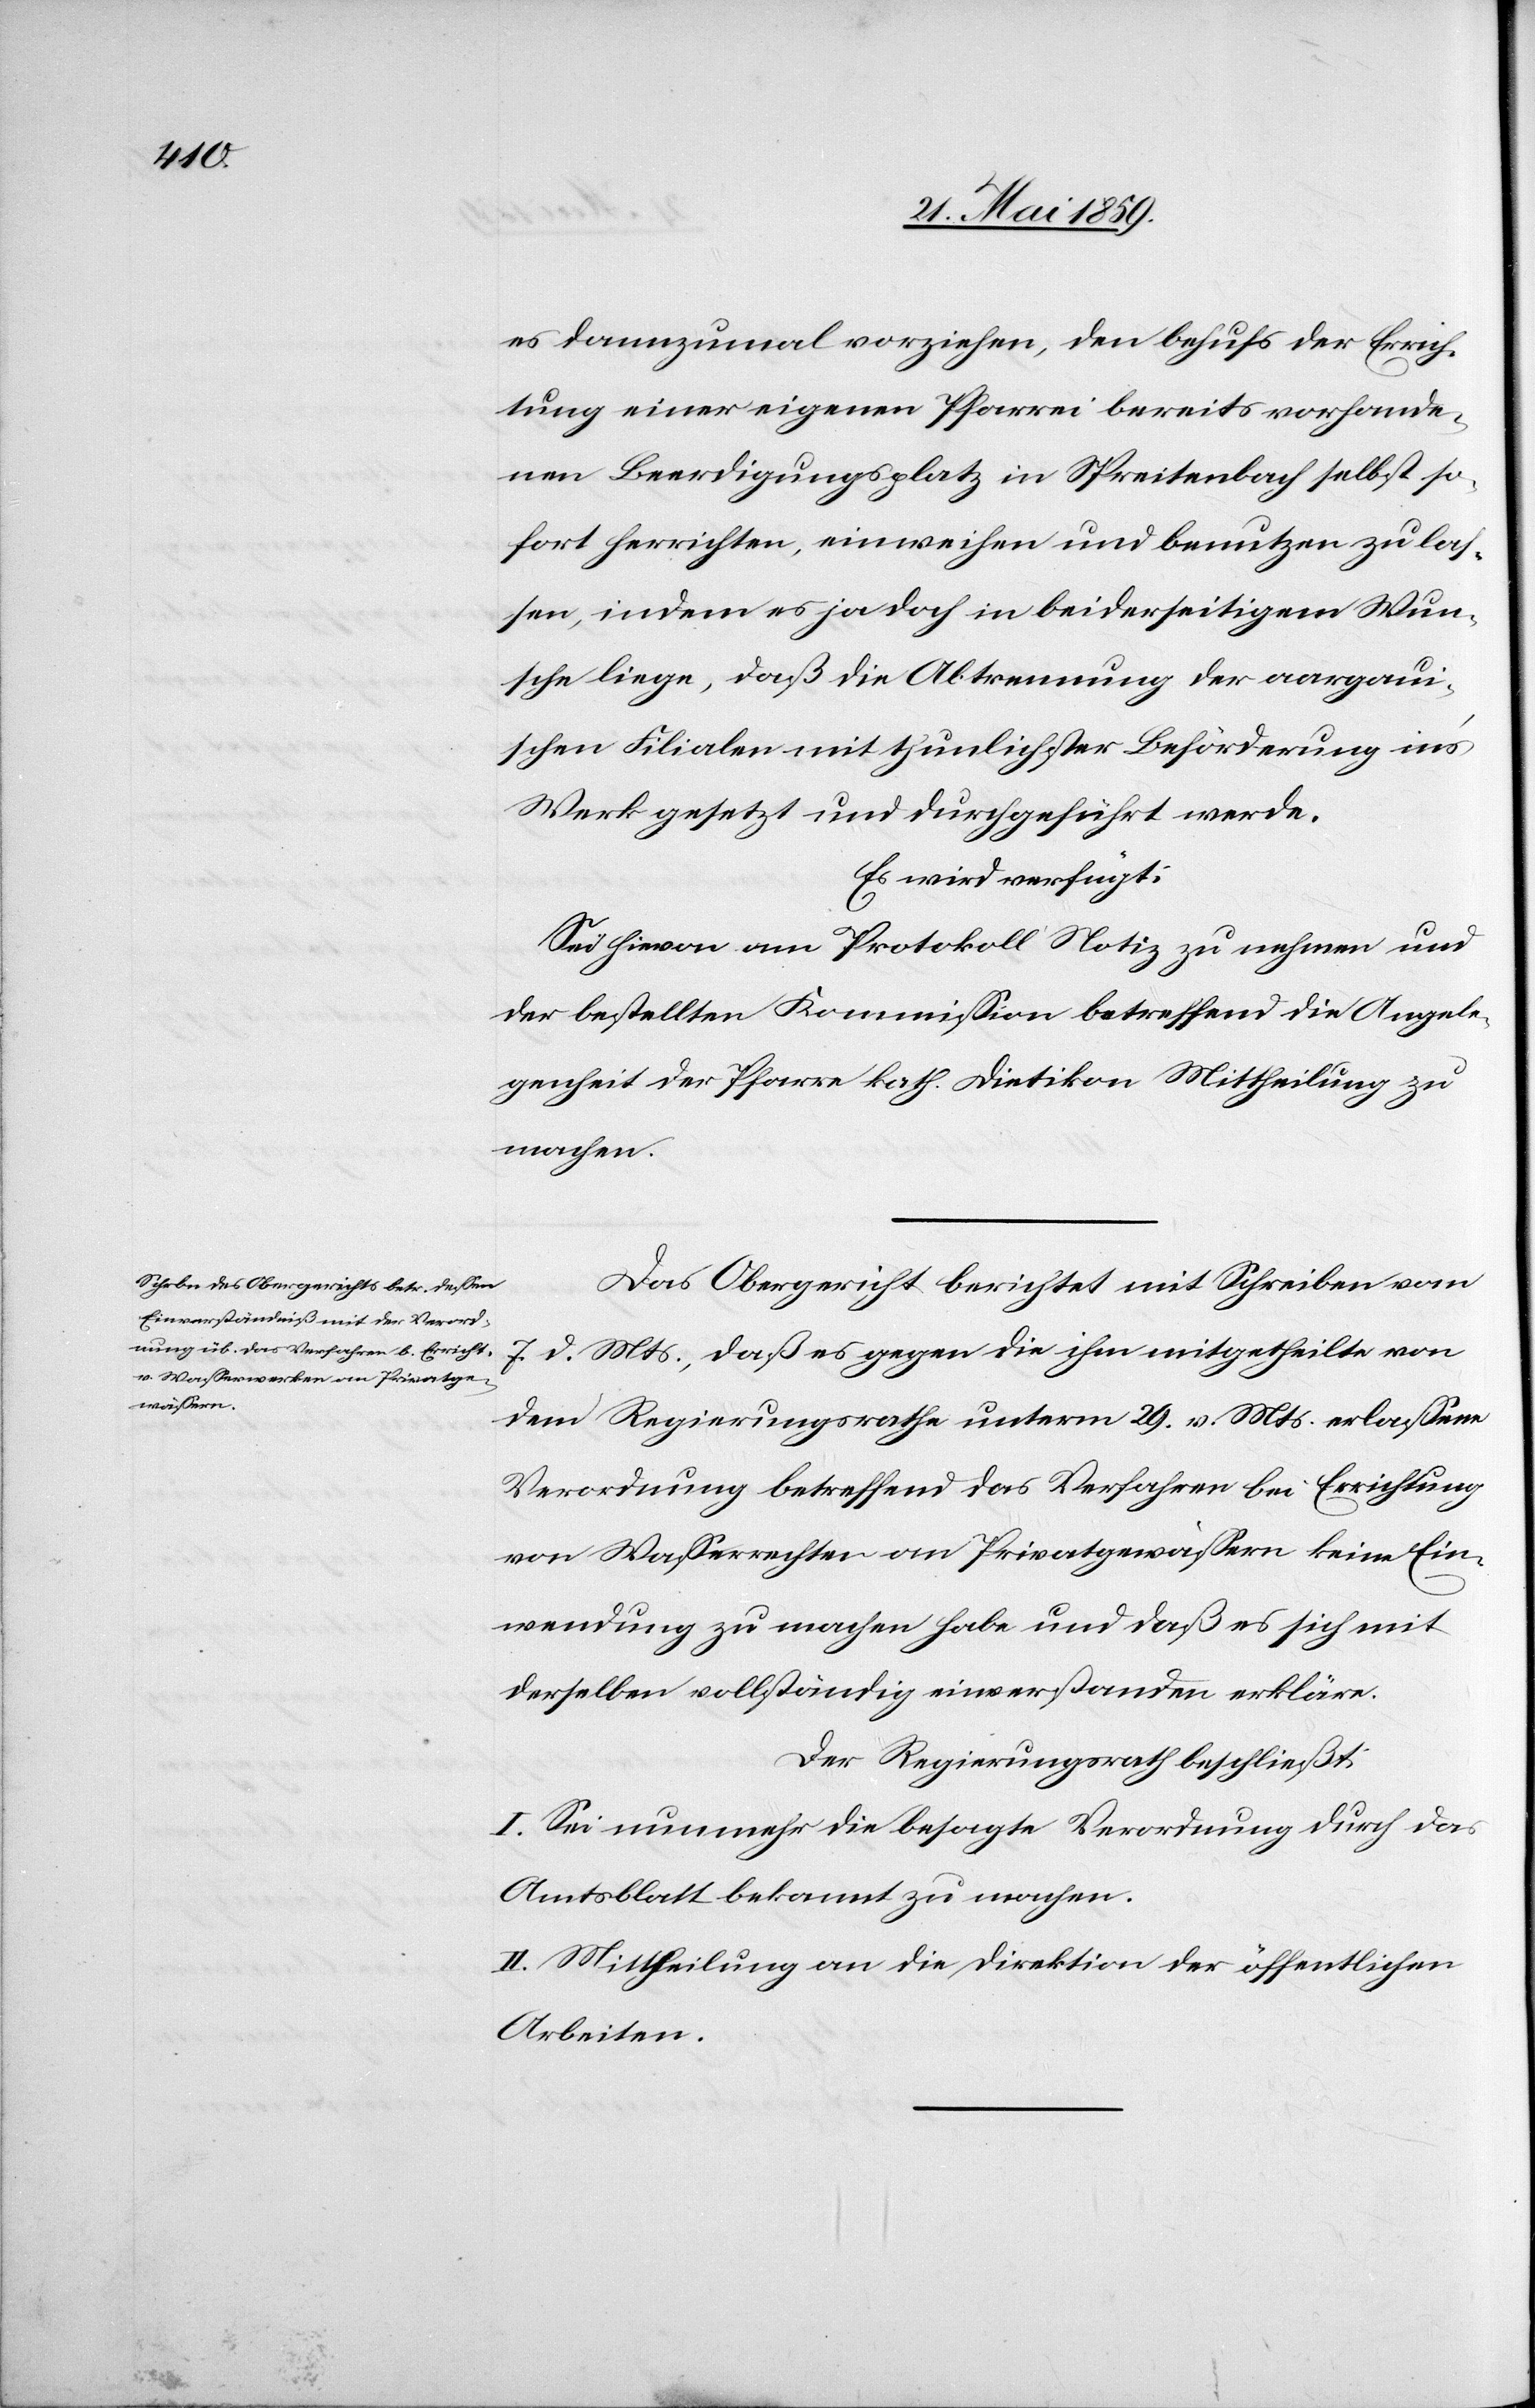
es dannzumal vorziehen, den behufs der Errich¬
tung einer eigenen Pfarrei bereits vorhande¬
nen Beerdigungsplatz in Spreitenbach selbst so¬
fort herrichten, einweihen und benutzen zu laß¬
en, indem es ja doch in beiderseitigem Wun¬
sche liege, daß die Abtrennung der aargaui¬
schen Filialen mit thunlichster Beförderung ins
Werk gesetzt und durchgeführt werde.
Es wird verfügt:
Sei hievon am Protokoll Notiz zu nehmen und
der bestellten Kommißion betreffend die Angele¬
genheit der Pfarre kath. Dietikon Mittheilung zu
machen.
Das Obergericht berichtet mit Schreiben vom
7. d. Mts., daß es gegen die ihm mitgetheilte von
dem Regierungsrathe unterm 29. v. Mts. erlaßene
Verordnung betreffend das Verfahren bei Errichtung
von Waßerrechten an Privatgewäßern keine Ein¬
wendung zu machen habe und daß es sich mit
derselben vollständig einverstanden erkläre.
Der Regierungsrath beschließt:
I. Sei nunmehr die besagte Verordnung durch das
Amtsblatt bekannt zu machen.
II. Mittheilung an die Direktion der öffentlichen
Arbeiten.